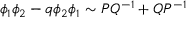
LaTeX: \phi _ { 1 } \phi _ { 2 } - q \phi _ { 2 } \phi _ { 1 } \sim P Q ^ { - 1 } + Q P ^ { - 1 }